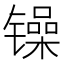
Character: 𲈞